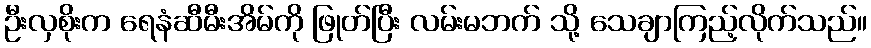
ဦးလှစိုးက ရေနံဆီမီးအိမ်ကို ဖြုတ်ပြီး လမ်းမဘက် သို့ သေချာကြည့်လိုက်သည်။